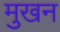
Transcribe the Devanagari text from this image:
मुखन